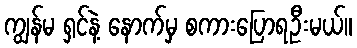
ကျွန်မ ရှင်နဲ့ နောက်မှ စကားပြောရဦးမယ်။